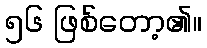
၅၆ ဖြစ်တော့၏။